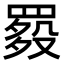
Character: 𦋲